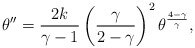
\begin{align*}\theta''={{2k}\over{\gamma-1}}\left( {\gamma\over{2-\gamma}}\right)^2\theta^{{4-\gamma}\over\gamma},\end{align*}